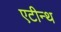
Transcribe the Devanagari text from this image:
एटीन्थ